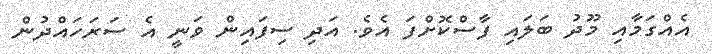
އެއްގަމާއި މޫދު ބަލައި ފާސްކޮށްފަ އެވެ. އަދި ސިފައިން ވަނީ އެ ސަރަހައްދުން